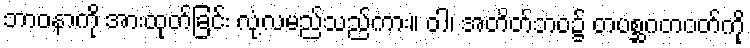
ဘာဝနာကို အားထုတ်ခြင်း လုံ့လမည်သည်ကား။ ဝါ၊ အတိတ်ဘဝ၌ တပစ္ဆဂတဝတ်ကို